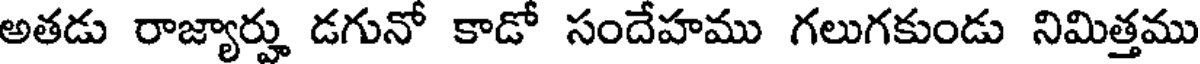
అతడు రాజ్యార్హు డగునో కాడో సందేహము గలుగకుండు నిమిత్తము